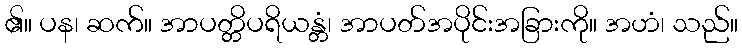
၏။ ပန၊ ဆက်။ အာပတ္တိပရိယန္တံ၊ အာပတ်အပိုင်းအခြားကို။ အဟံ၊ သည်။